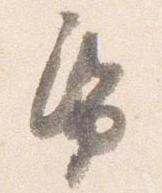
帋